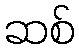
ဆစ်